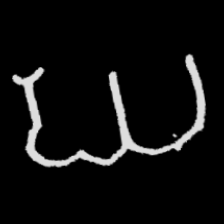
Pyu character \u2014 Myanmar letter: ဃ (romanized: gha)